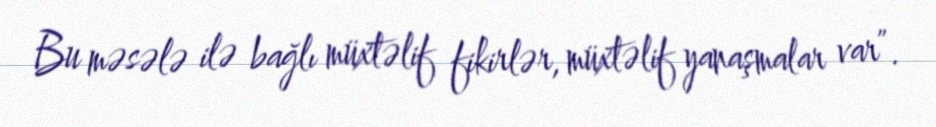
Bu məsələ ilə bağlı müxtəlif fikirlər, müxtəlif yanaşmalar var”.